Mental hospitals Bombay report 1921-28 - 1921-1928
Year: 1921
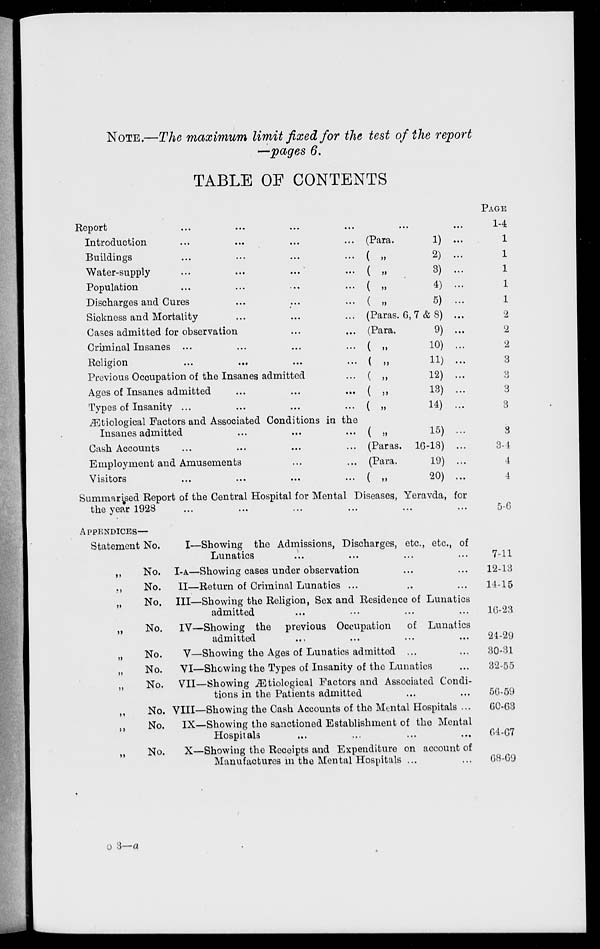
NOTE.—The maximum limit fixed for the test of the report
—pages 6.
TABLE OF CONTENTS
Report ... ... ... ... ... ...
Introduction
...
...
...
... (Para.
1) ...
Buildings
...
...
...
... ( „
2) ...
Water-supply
...
...
...
... ( „
3) ...
Population
...
...
...
... ( „
4) ...
Discharges and Cures
...
...
... ( „
5) ...
Sickness and Mortality
...
...
... (Paras. 6, 7 & 8) ...
Cases admitted for observation
...
... (Para.
9) ...
Criminal Insanes ...
...
...
... ( „
10) ...
Religion
...
...
...
... ( „
11) ...
Previous Occupation of the Insanes admitted
... ( „
12) ...
Ages of Insanes admitted
...
...
...(„
13) ...
Types of Insanity ...
...
...
... ( „
14) ...
Ætiological Factors and Associated Conditions in the
Insanes admitted
...
...
... ( „
15) ...
Cash Accounts
...
...
...
... (Paras. 16-18) ...
Employment and Amusements
...
... (Para.
19) ...
Visitors
...
...
...
... ( „
20) ...
Summarised Report of the Central Hospital for Mental Diseases, Yeravda, for
the year 1928 ... ... ... ... ... ...
APPENDICES—
Statement No.
I—Showing the Admissions, Discharges, etc., etc., of
Lunatics ... ... ... ...
„
No. I-A—Showing cases under observation ... ...
„
No.
II—Return of Criminal Lunatics ... ... ...
„
No. III—Showing the Religion, Sex and Residence of Lunatics
admitted ... ... ... ...
„
No.
IV—Showing the previous Occupation
of Lunatics
admitted ... ... ... ...
„
No.
V—Showing the Ages of Lunatics admitted ... ...
„
No.
VI—Showing the Types of Insanity of the Lunatics ...
„
No. VII—Showing Ætiological Factors and Associated Condi-
tions in the Patients admitted ... ...
„
No. VIII—Showing the Cash Accounts of the Mental Hospitals ...
„
No.
IX—Showing the sanctioned Establishment of the Mental
Hospitals ... ... ... ...
„
No.
X—Showing the Receipts and Expenditure on account of
Manufactures in the Mental Hospitals ... ...
PAGE
1-4
1
1
1
1
1
2
2
2
3
3
3
3
3
3-1
4
4
5-6
7-11
12-13
14-15
16-23
24-29
30-31
32-55
56-59
60-63
64-67
68-69
o 3—a